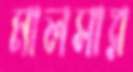
মালসার